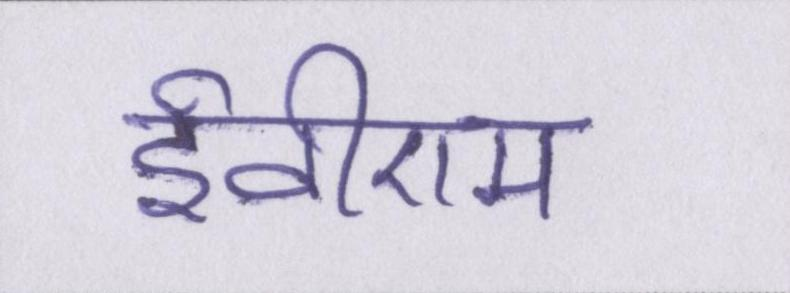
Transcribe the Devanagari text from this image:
ईवीएम